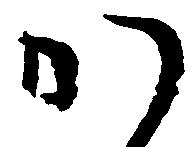
か